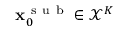
\mathbf { x } _ { 0 } ^ { \mathrm { ~ s ~ u ~ b ~ } } \in \mathcal { X } ^ { K }